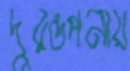
দুরন্তপনায়